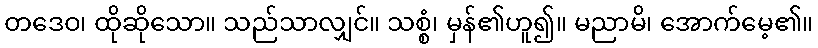
တဒေဝ၊ ထိုဆိုသော။ သည်သာလျှင်။ သစ္စံ၊ မှန်၏ဟူ၍။ မညာမိ၊ အောက်မေ့၏။